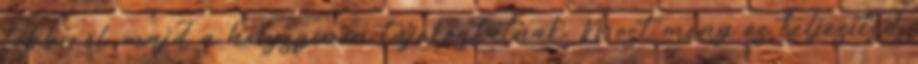
többiről, majd a helyszínen tájékoztatnak. Most meny és teljesítsd